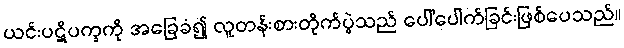
ယင်းပဋိပက္ခကို အခြေခံ၍ လူတန်းစားတိုက်ပွဲသည် ပေါ်ပေါက်ခြင်းဖြစ်ပေသည်။